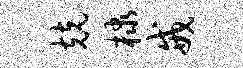
兢棣戒